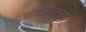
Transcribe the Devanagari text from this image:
फोटोग्राफरना